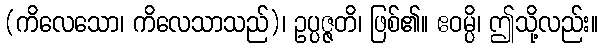
(ကိလေသော၊ ကိလေသာသည်)၊ ဥပ္ပဇ္ဇတိ၊ ဖြစ်၏။ ဧဝမ္ပိ၊ ဤသို့လည်း။